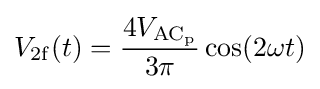
V_{\mathrm {2f} }(t)={\frac {4V_{\mathrm {AC_{p}} }}{3\pi }}\cos(2\omega t)